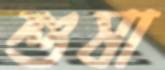
শুষা